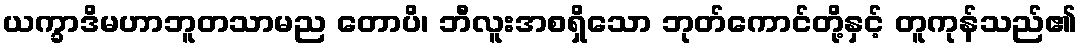
ယက္ခာဒိမဟာဘူတသာမည တောပိ၊ ဘီလူးအစရှိသော ဘုတ်ကောင်တို့နှင့် တူကုန်သည်၏